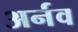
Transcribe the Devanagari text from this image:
अर्नव